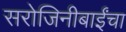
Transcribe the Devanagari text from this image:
सरोजिनीबाईंचा